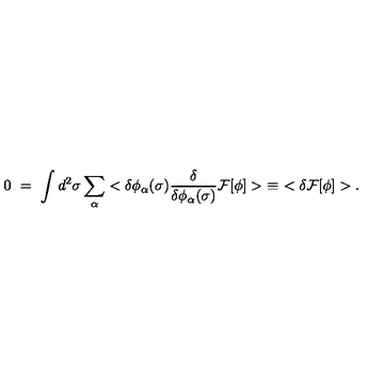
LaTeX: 0 \ = \ \int d ^ { 2 } \sigma \sum _ { \alpha } < \delta \phi _ { \alpha } ( \sigma ) \frac { \delta } { \delta \phi _ { \alpha } ( \sigma ) } { \cal F } [ \phi ] > \ \equiv \ < \delta { \cal F } [ \phi ] > .